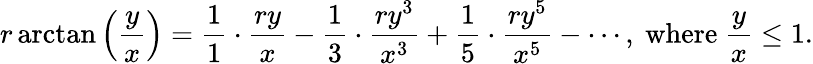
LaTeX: r\arctan\left({\frac{y}{x}}\right)={\frac{1}{1}}\cdot{\frac{ry}{x}}-{\frac{1}{3}}\cdot{\frac{ry^{3}}{x^{3}}}+{\frac{1}{5}}\cdot{\frac{ry^{5}}{x^{5}}}-\cdots,{\mathrm{~where~}}{\frac{y}{x}}\leq 1.